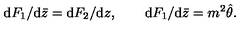
\mathrm { d } F _ { 1 } / \mathrm { d } \bar { z } = \mathrm { d } F _ { 2 } / \mathrm { d } z , \qquad \mathrm { d } F _ { 1 } / \mathrm { d } \bar { z } = m ^ { 2 } \hat { \theta } .